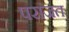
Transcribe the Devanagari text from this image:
पराजत